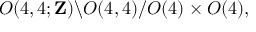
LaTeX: O ( 4 , 4 ; { \bf Z } ) \backslash O ( 4 , 4 ) / O ( 4 ) \times O ( 4 ) ,